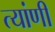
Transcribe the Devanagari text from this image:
त्यांणी